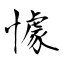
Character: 懅